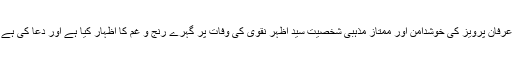
گجرات(جی پی آئی) عالمی نقیب محفل خاور بشیر بٹ گولڑوی نے صدر پنجاب نعت کونسل شیخ عرفان پرویز کی خوشدامن اور ممتاز مذہبی شخصیت سید اظہر نقوی کی وفات پر گہرے رنج و غم کا اظہار کیا ہے اور دعا کی ہے کہ اللہ تعالیٰ مرحومین کو جنت الفردوس میں اعلیٰ جگہ اور لواحقین کو صبر جمیل عطا فرمائے ۔